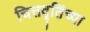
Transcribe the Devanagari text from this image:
चित्तवृतिंच्या